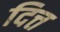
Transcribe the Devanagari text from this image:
दित्त